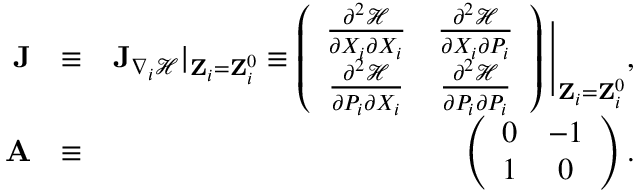
\begin{array} { r l r } { { \bf J } } & { \equiv } & { { \bf J } _ { \nabla _ { i } \mathcal { H } } | _ { { \bf Z } _ { i } = { \bf Z } _ { i } ^ { 0 } } \equiv \left( \begin{array} { c c } { \frac { \partial ^ { 2 } \mathcal { H } } { \partial X _ { i } \partial X _ { i } } } & { \frac { \partial ^ { 2 } \mathcal { H } } { \partial X _ { i } \partial P _ { i } } } \\ { \frac { \partial ^ { 2 } \mathcal { H } } { \partial P _ { i } \partial X _ { i } } } & { \frac { \partial ^ { 2 } \mathcal { H } } { \partial P _ { i } \partial P _ { i } } } \end{array} \right) \Bigg \vert _ { { \bf Z } _ { i } = { \bf Z } _ { i } ^ { 0 } } , } \\ { { \bf A } } & { \equiv } & { \left( \begin{array} { c c } { 0 } & { - 1 } \\ { 1 } & { 0 } \end{array} \right) . } \end{array}